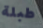
طبلة